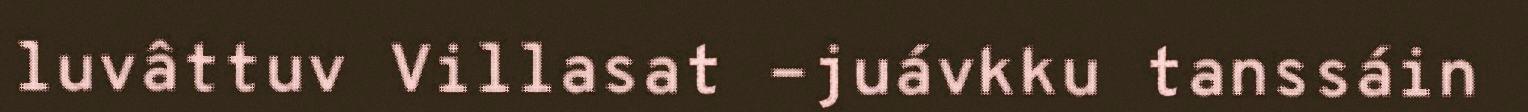
luvâttuv Villasat -juávkku tanssáin